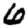
Digit: 6